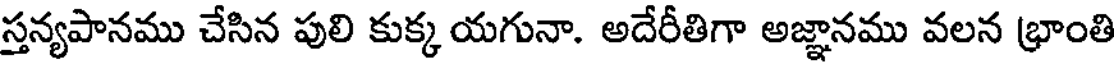
స్తన్యపానము చేసిన పులి కుక్క యగునా. అదేరీతిగా అజ్ఞానము వలన భ్రాంతి